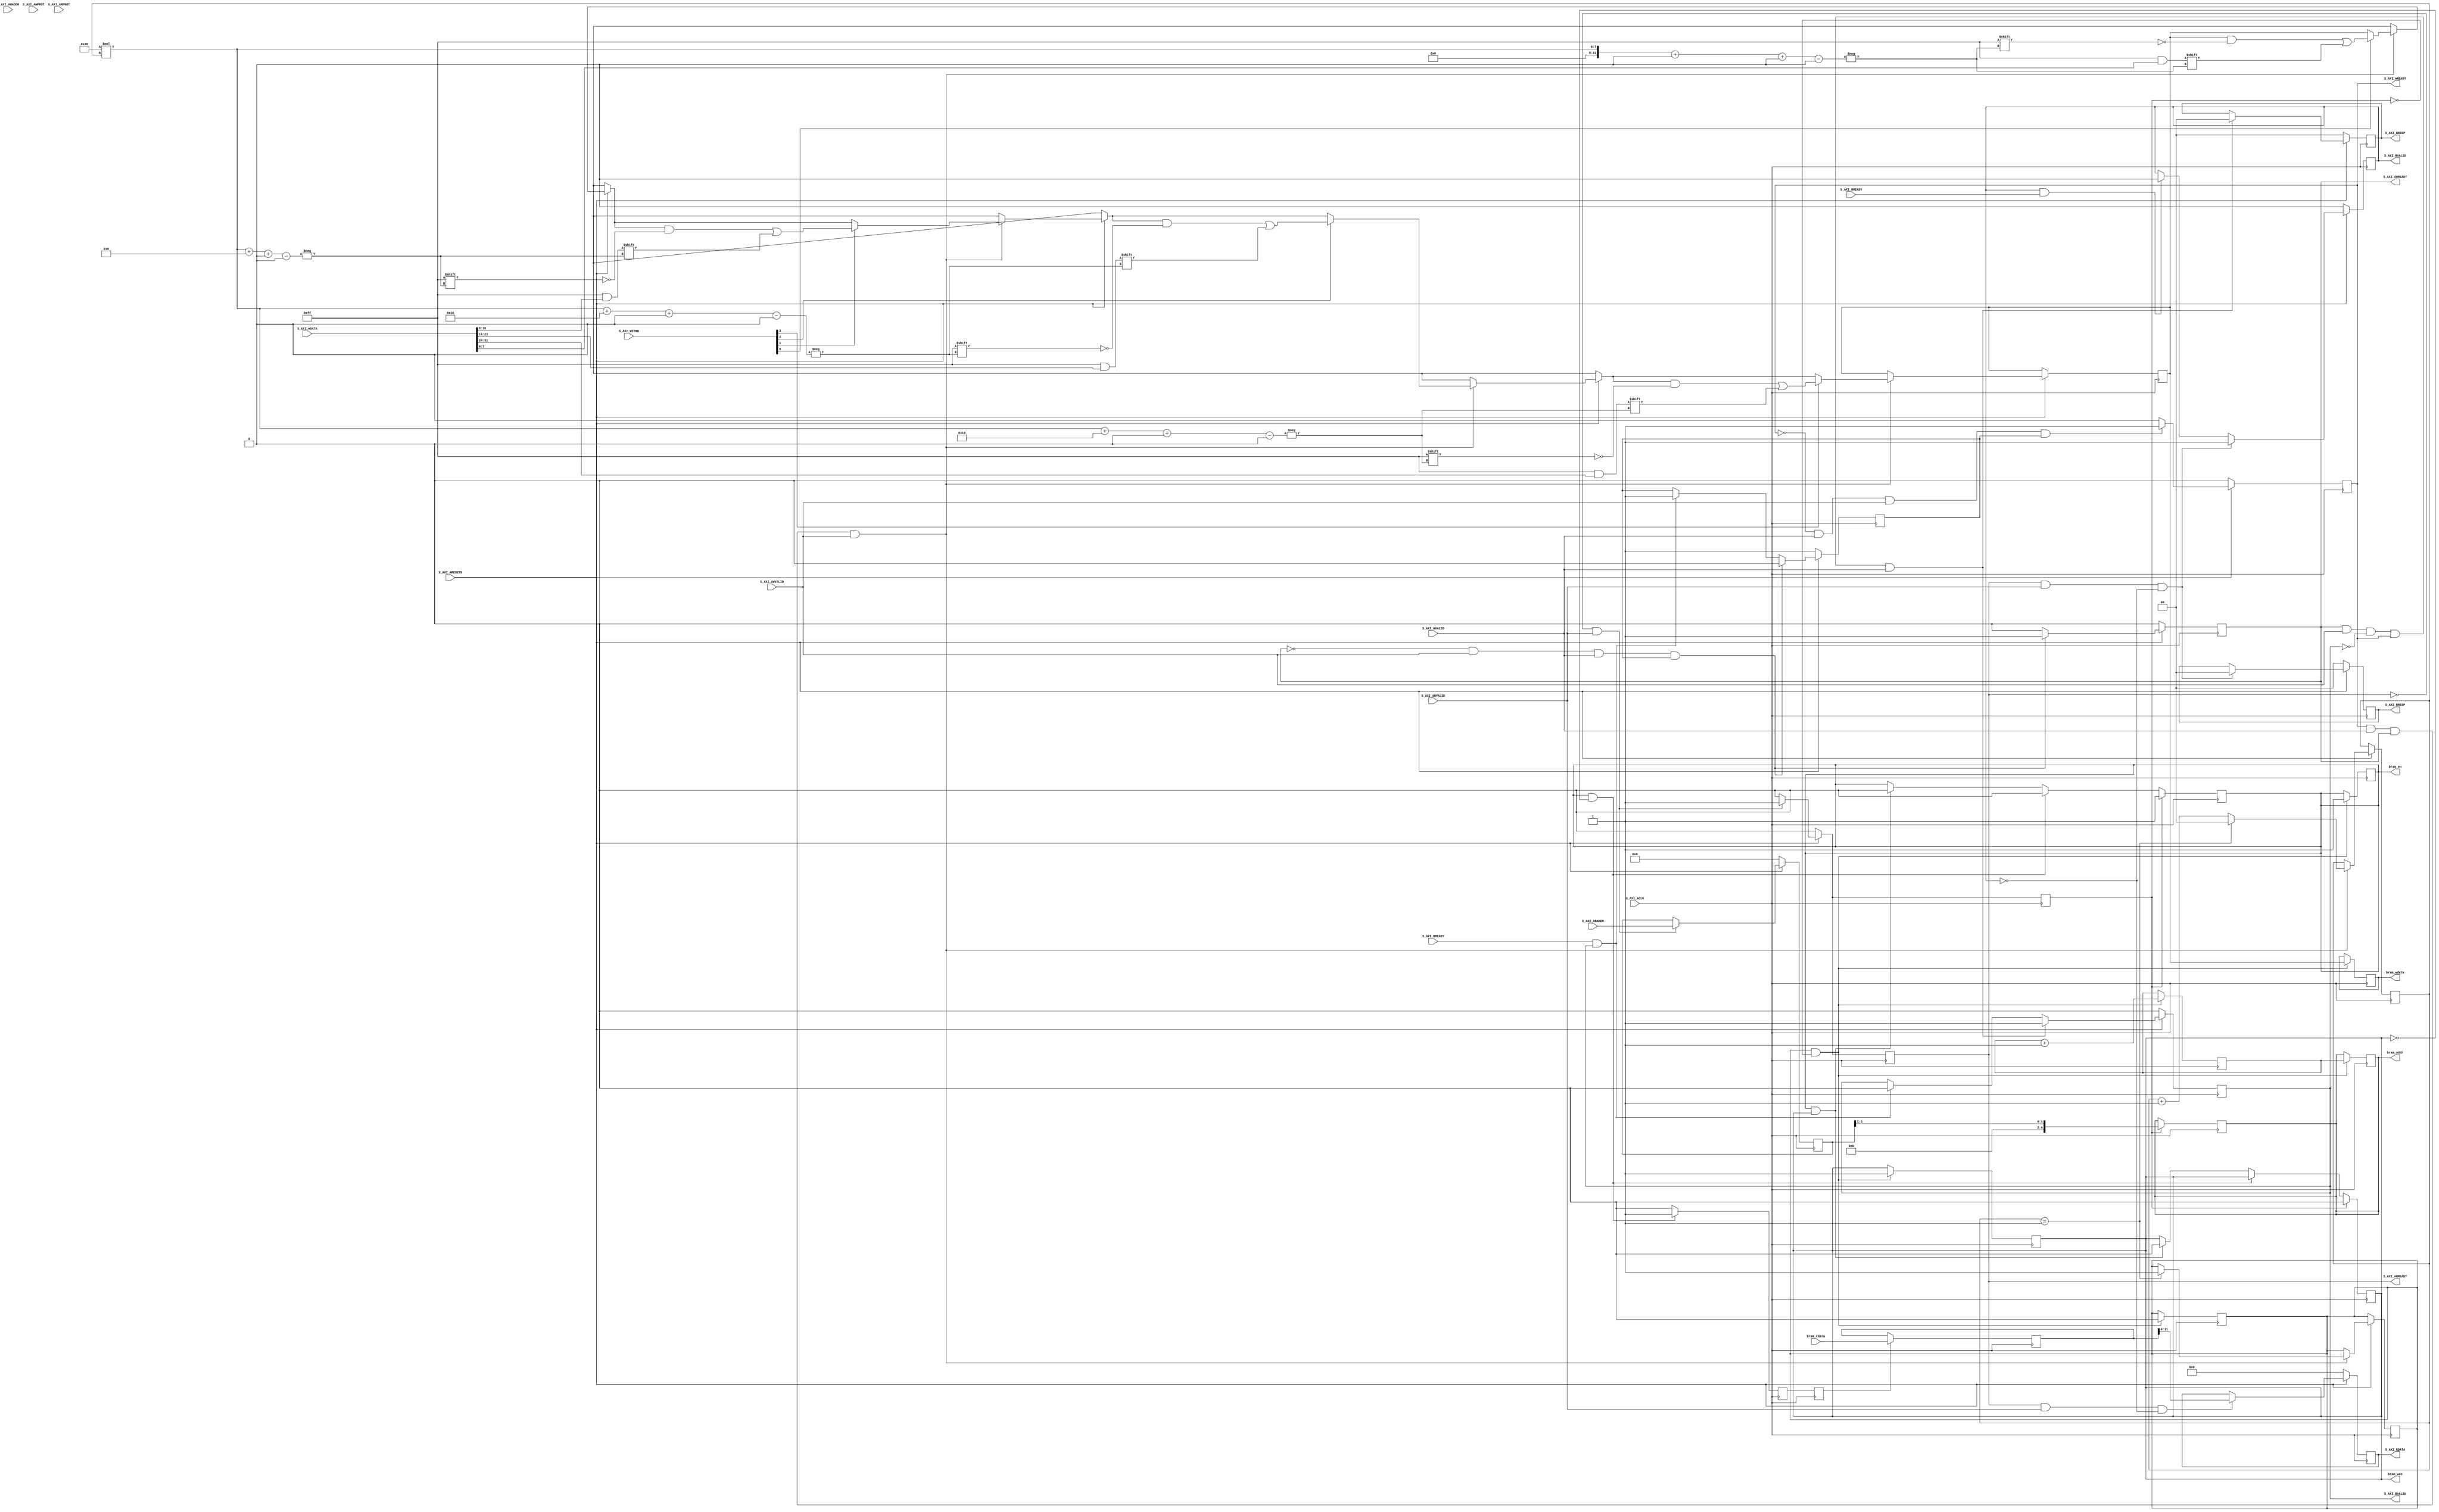

`timescale 1 ns / 1 ps

	module axi_bram_v1_0_S00_AXI #
	(
		// Users to add parameters here

		// User parameters ends
		// Do not modify the parameters beyond this line

		// Width of S_AXI data bus
		parameter integer C_S_AXI_DATA_WIDTH	= 32,
		// Width of S_AXI address bus
		parameter integer C_S_AXI_ADDR_WIDTH	= 4,
		
		///////////////////////my parameters
		parameter integer URAM_LEN = 64, // make sure URAM_LEN % 32 = 0
        parameter integer MAX_HOLDER_COUNTER = 2, // 64/32
        parameter integer HOLDER_COUNTER_BIT = 2
	)
	(
		// Users to add ports here

		// User ports ends
		// Do not modify the ports beyond this line

		// Global Clock Signal
		input wire  S_AXI_ACLK,
		// Global Reset Signal. This Signal is Active LOW
		input wire  S_AXI_ARESETN,
		// Write address (issued by master, acceped by Slave)
		input wire [C_S_AXI_ADDR_WIDTH-1 : 0] S_AXI_AWADDR,
		// Write channel Protection type. This signal indicates the
    		// privilege and security level of the transaction, and whether
    		// the transaction is a data access or an instruction access.
		input wire [2 : 0] S_AXI_AWPROT,
		// Write address valid. This signal indicates that the master signaling
    		// valid write address and control information.
		input wire  S_AXI_AWVALID,
		// Write address ready. This signal indicates that the slave is ready
    		// to accept an address and associated control signals.
		output wire  S_AXI_AWREADY,
		// Write data (issued by master, acceped by Slave) 
		input wire [C_S_AXI_DATA_WIDTH-1 : 0] S_AXI_WDATA,
		// Write strobes. This signal indicates which byte lanes hold
    		// valid data. There is one write strobe bit for each eight
    		// bits of the write data bus.    
		input wire [(C_S_AXI_DATA_WIDTH/8)-1 : 0] S_AXI_WSTRB,
		// Write valid. This signal indicates that valid write
    		// data and strobes are available.
		input wire  S_AXI_WVALID,
		// Write ready. This signal indicates that the slave
    		// can accept the write data.
		output wire  S_AXI_WREADY,
		// Write response. This signal indicates the status
    		// of the write transaction.
		output wire [1 : 0] S_AXI_BRESP,
		// Write response valid. This signal indicates that the channel
    		// is signaling a valid write response.
		output wire  S_AXI_BVALID,
		// Response ready. This signal indicates that the master
    		// can accept a write response.
		input wire  S_AXI_BREADY,
		// Read address (issued by master, acceped by Slave)
		input wire [C_S_AXI_ADDR_WIDTH-1 : 0] S_AXI_ARADDR,
		// Protection type. This signal indicates the privilege
    		// and security level of the transaction, and whether the
    		// transaction is a data access or an instruction access.
		input wire [2 : 0] S_AXI_ARPROT,
		// Read address valid. This signal indicates that the channel
    		// is signaling valid read address and control information.
		input wire  S_AXI_ARVALID,
		// Read address ready. This signal indicates that the slave is
    		// ready to accept an address and associated control signals.
		output wire  S_AXI_ARREADY,
		// Read data (issued by slave)
		output wire [C_S_AXI_DATA_WIDTH-1 : 0] S_AXI_RDATA,
		// Read response. This signal indicates the status of the
    		// read transfer.
		output wire [1 : 0] S_AXI_RRESP,
		// Read valid. This signal indicates that the channel is
    		// signaling the required read data.
		output wire  S_AXI_RVALID,
		// Read ready. This signal indicates that the master can
    		// accept the read data and response information.
		input wire  S_AXI_RREADY,
		
		// below are my additionals
		output wire bram_wen,
		output wire bram_en,
		output wire [6:0] bram_addr,
		output wire [URAM_LEN-1:0] bram_wdata,
		input wire [URAM_LEN-1:0] bram_rdata
	);
	////////////////////////////////////////////////////////////////
	// my definitions:
	reg [URAM_LEN-1:0] holder = 0;
	reg [HOLDER_COUNTER_BIT-1:0] holder_counter=0; // count where to put new data into holder
	reg uram_counter=0; // used when having multiple URAMS
	reg [6:0] addr_counter=0; // counter the output address
		
	reg [URAM_LEN-1:0]last_read_result = 0;
    reg bram_wen_reg=0;
	reg bram_en_reg = 0;
	reg [6:0] bram_addr_reg=0;
	reg [URAM_LEN-1:0] bram_wdata_reg = 0;
	reg outputReady=0;
	reg read_pipeline_reg1 = 0;
	reg read_pipeline_reg2 = 0;
	/////////////////////////////////////////////////////////////////

	// AXI4LITE signals
	reg [C_S_AXI_ADDR_WIDTH-1 : 0] 	axi_awaddr;
	reg  	axi_awready;
	reg  	axi_wready;
	reg [1 : 0] 	axi_bresp;
	reg  	axi_bvalid;
	reg [C_S_AXI_ADDR_WIDTH-1 : 0] 	axi_araddr;
	reg  	axi_arready;
	reg [C_S_AXI_DATA_WIDTH-1 : 0] 	axi_rdata;
	reg [1 : 0] 	axi_rresp;
	reg  	axi_rvalid;

	// Example-specific design signals
	// local parameter for addressing 32 bit / 64 bit C_S_AXI_DATA_WIDTH
	// ADDR_LSB is used for addressing 32/64 bit registers/memories
	// ADDR_LSB = 2 for 32 bits (n downto 2)
	// ADDR_LSB = 3 for 64 bits (n downto 3)
	localparam integer ADDR_LSB = (C_S_AXI_DATA_WIDTH/32) + 1;
	localparam integer OPT_MEM_ADDR_BITS = 1;
	//----------------------------------------------
	//-- Signals for user logic register space example
	//------------------------------------------------
	//-- Number of Slave Registers 4
	reg [C_S_AXI_DATA_WIDTH-1:0]	slv_reg0;
	reg [C_S_AXI_DATA_WIDTH-1:0]	slv_reg1;
	reg [C_S_AXI_DATA_WIDTH-1:0]	slv_reg2;
	reg [C_S_AXI_DATA_WIDTH-1:0]	slv_reg3;
	wire	 slv_reg_rden;
	wire	 slv_reg_wren;
	reg [C_S_AXI_DATA_WIDTH-1:0]	 reg_data_out;
	integer	 byte_index;
	reg	 aw_en;
    reg read_addr_assigned=0;
	// I/O Connections assignments

	assign S_AXI_AWREADY	= axi_awready;
	assign S_AXI_WREADY	= axi_wready;
	assign S_AXI_BRESP	= axi_bresp;
	assign S_AXI_BVALID	= axi_bvalid;
	assign S_AXI_ARREADY	= axi_arready;
	assign S_AXI_RDATA	= axi_rdata;
	assign S_AXI_RRESP	= axi_rresp;
	assign S_AXI_RVALID	= axi_rvalid;
	// Implement axi_awready generation
	// axi_awready is asserted for one S_AXI_ACLK clock cycle when both
	// S_AXI_AWVALID and S_AXI_WVALID are asserted. axi_awready is
	// de-asserted when reset is low.

	always @( posedge S_AXI_ACLK )
	begin
	  if ( S_AXI_ARESETN == 1'b0 )
	    begin
	      axi_awready <= 1'b0;
	      aw_en <= 1'b1;
	    end 
	  else
	    begin    
	      if (~axi_awready && S_AXI_AWVALID && S_AXI_WVALID && aw_en)
	        begin
	          // slave is ready to accept write address when 
	          // there is a valid write address and write data
	          // on the write address and data bus. This design 
	          // expects no outstanding transactions. 
	          axi_awready <= 1'b1;
	          aw_en <= 1'b0;
	        end
	        else if (S_AXI_BREADY && axi_bvalid)
	            begin
	              aw_en <= 1'b1;
	              axi_awready <= 1'b0;
	            end
	      else           
	        begin
	          axi_awready <= 1'b0;
	        end
	    end 
	end       

	// Implement axi_awaddr latching
	// This process is used to latch the address when both 
	// S_AXI_AWVALID and S_AXI_WVALID are valid. 

	always @( posedge S_AXI_ACLK )
	begin
	  if ( S_AXI_ARESETN == 1'b0 )
	    begin
	      axi_awaddr <= 0;
	    end 
	  else
	    begin    
	      if (~axi_awready && S_AXI_AWVALID && S_AXI_WVALID && aw_en)
	        begin
	          // Write Address latching 
	          axi_awaddr <= S_AXI_AWADDR;
	        end
	    end 
	end       

	// Implement axi_wready generation
	// axi_wready is asserted for one S_AXI_ACLK clock cycle when both
	// S_AXI_AWVALID and S_AXI_WVALID are asserted. axi_wready is 
	// de-asserted when reset is low. 

	always @( posedge S_AXI_ACLK )
	begin
	  if ( S_AXI_ARESETN == 1'b0 )
	    begin
	      axi_wready <= 1'b0;
	    end 
	  else
	    begin    
	      if (~axi_wready && S_AXI_WVALID && S_AXI_AWVALID && aw_en )
	        begin
	          // slave is ready to accept write data when 
	          // there is a valid write address and write data
	          // on the write address and data bus. This design 
	          // expects no outstanding transactions. 
	          axi_wready <= 1'b1;
	        end
	      else
	        begin
	          axi_wready <= 1'b0;
	        end
	    end 
	end       

	// Implement memory mapped register select and write logic generation
	// The write data is accepted and written to memory mapped registers when
	// axi_awready, S_AXI_WVALID, axi_wready and S_AXI_WVALID are asserted. Write strobes are used to
	// select byte enables of slave registers while writing.
	// These registers are cleared when reset (active low) is applied.
	// Slave register write enable is asserted when valid address and data are available
	// and the slave is ready to accept the write address and write data.
	assign slv_reg_wren = axi_wready && S_AXI_WVALID && axi_awready && S_AXI_AWVALID;

	always @( posedge S_AXI_ACLK )
	begin
	  if ( S_AXI_ARESETN == 1'b0 )
	    begin
	      slv_reg0 <= 0;
	      slv_reg1 <= 0;
	      slv_reg2 <= 0;
	      slv_reg3 <= 0;
	    end 
	  else begin
	    if (slv_reg_wren)
	      begin
	        if(holder_counter == MAX_HOLDER_COUNTER-1) begin
	               holder_counter <= 0;
	               outputReady <=1'b1;
            end else begin 
                holder_counter <= holder_counter + 1;
            end
            for (byte_index = 0; byte_index <= (C_S_AXI_DATA_WIDTH/8)-1; byte_index = byte_index+1)
               if ( S_AXI_WSTRB[byte_index] == 1 ) begin
                    holder[C_S_AXI_DATA_WIDTH*holder_counter+(byte_index*8) +: 8] <= S_AXI_WDATA[(byte_index*8) +: 8];
               end
//	        case ( axi_awaddr[ADDR_LSB+OPT_MEM_ADDR_BITS:ADDR_LSB] )
	          
//	          2'h0:
//	            for ( byte_index = 0; byte_index <= (C_S_AXI_DATA_WIDTH/8)-1; byte_index = byte_index+1 )
//	              if ( S_AXI_WSTRB[byte_index] == 1 ) begin
//	                // Respective byte enables are asserted as per write strobes 
//	                // Slave register 0
//	                slv_reg0[(byte_index*8) +: 8] <= S_AXI_WDATA[(byte_index*8) +: 8];
//	              end  
	          
//	          default : begin
//	                      slv_reg0 <= slv_reg0;
//	                      slv_reg1 <= slv_reg1;
//	                      slv_reg2 <= slv_reg2;
//	                      slv_reg3 <= slv_reg3;
//	                    end
//	        endcase
	      end
	  end
	end    

	// Implement write response logic generation
	// The write response and response valid signals are asserted by the slave 
	// when axi_wready, S_AXI_WVALID, axi_wready and S_AXI_WVALID are asserted.  
	// This marks the acceptance of address and indicates the status of 
	// write transaction.

	always @( posedge S_AXI_ACLK )
	begin
	  if ( S_AXI_ARESETN == 1'b0 )
	    begin
	      axi_bvalid  <= 0;
	      axi_bresp   <= 2'b0;
	    end 
	  else
	    begin    
	      if (axi_awready && S_AXI_AWVALID && ~axi_bvalid && axi_wready && S_AXI_WVALID)
	        begin
	          // indicates a valid write response is available
	          axi_bvalid <= 1'b1;
	          axi_bresp  <= 2'b0; // 'OKAY' response 
	        end                   // work error responses in future
	      else
	        begin
	          if (S_AXI_BREADY && axi_bvalid) 
	            //check if bready is asserted while bvalid is high) 
	            //(there is a possibility that bready is always asserted high)   
	            begin
	              axi_bvalid <= 1'b0; 
	            end  
	        end
	    end
	end   

	// Implement axi_arready generation
	// axi_arready is asserted for one S_AXI_ACLK clock cycle when
	// S_AXI_ARVALID is asserted. axi_awready is 
	// de-asserted when reset (active low) is asserted. 
	// The read address is also latched when S_AXI_ARVALID is 
	// asserted. axi_araddr is reset to zero on reset assertion.

	always @( posedge S_AXI_ACLK )
	begin
	  if ( S_AXI_ARESETN == 1'b0 )
	    begin
	      axi_arready <= 1'b0;
	      axi_araddr  <= 32'b0;
	      read_addr_assigned <= 1'b0;
	    end 
	  else
	    begin    
	      if (~axi_arready && S_AXI_ARVALID)
	        begin
	          // indicates that the slave has acceped the valid read address
	          axi_arready <= 1'b1;
	          // Read address latching
	          axi_araddr  <= S_AXI_ARADDR;
	          read_addr_assigned <= 1'b1;
	        end
	      else
	        begin
	          axi_arready <= 1'b0;
	          read_addr_assigned <= 1'b0;
	        end
	    end 
	end       

	// Implement axi_arvalid generation
	// axi_rvalid is asserted for one S_AXI_ACLK clock cycle when both 
	// S_AXI_ARVALID and axi_arready are asserted. The slave registers 
	// data are available on the axi_rdata bus at this instance. The 
	// assertion of axi_rvalid marks the validity of read data on the 
	// bus and axi_rresp indicates the status of read transaction.axi_rvalid 
	// is deasserted on reset (active low). axi_rresp and axi_rdata are 
	// cleared to zero on reset (active low).  
	always @( posedge S_AXI_ACLK )
	begin
	  if ( S_AXI_ARESETN == 1'b0 )
	    begin
	      axi_rvalid <= 0;
	      axi_rresp  <= 0;
	    end 
	  else
	    begin    
	      if (axi_arready && S_AXI_ARVALID && ~axi_rvalid)
	        begin
	          // Valid read data is available at the read data bus
	          axi_rvalid <= 1'b1;
	          axi_rresp  <= 2'b0; // 'OKAY' response
	        end   
	      else if (axi_rvalid && S_AXI_RREADY)
	        begin
	          // Read data is accepted by the master
	          axi_rvalid <= 1'b0;
	        end                
	    end
	end    

	// Implement memory mapped register select and read logic generation
	// Slave register read enable is asserted when valid address is available
	// and the slave is ready to accept the read address.
	assign slv_reg_rden = axi_arready & S_AXI_ARVALID & ~axi_rvalid;
	always @(*) begin
	   reg_data_out <= last_read_result;
	end
	
	always @(posedge S_AXI_ACLK)
	begin
	      // Address decoding for reading registers
	    if(read_addr_assigned == 1'b1) begin
              bram_addr_reg <= axi_araddr[ADDR_LSB+OPT_MEM_ADDR_BITS:ADDR_LSB];
              bram_en_reg<=1'b1;
              bram_wen_reg<=1'b0;
        end 
        //////////////////////////////////////!!!!!!!!!!!!!!!!!!!!!!!!!!!!!!!!!!!!!!!!!!
        // we need to change the following code in order to do continous read
        else if(bram_en_reg == 1'b1 && bram_wen_reg == 1'b0)
            bram_en_reg <= 0;
        else if(bram_en_reg == 1'b1 && bram_wen_reg == 1'b1) begin
            bram_en_reg <= 0;
            bram_wen_reg <=0;
        end
        
        if(bram_en_reg == 1'b1 && bram_wen_reg == 1'b0) read_pipeline_reg1 <= 1'b1;
        else read_pipeline_reg1 <= 1'b0;
        
        read_pipeline_reg2 <= read_pipeline_reg1;
        
        if (read_pipeline_reg2 == 1'b1) begin
            last_read_result <= bram_rdata;
        end
//	      case ( axi_araddr[ADDR_LSB+OPT_MEM_ADDR_BITS:ADDR_LSB] )
//	        2'h0   : reg_data_out <= slv_reg0;
//	        2'h1   : reg_data_out <= slv_reg1;
//	        2'h2   : reg_data_out <= slv_reg2;
//	        2'h3   : reg_data_out <= slv_reg3;
//	        default : reg_data_out <= 0;
//	      endcase
	end

	// Output register or memory read data
	always @( posedge S_AXI_ACLK )
	begin
	  if ( S_AXI_ARESETN == 1'b0 )
	    begin
	      axi_rdata  <= 0;
	    end 
	  else
	    begin    
	      // When there is a valid read address (S_AXI_ARVALID) with 
	      // acceptance of read address by the slave (axi_arready), 
	      // output the read dada 
	      if (slv_reg_rden)
	        begin
	          axi_rdata <= reg_data_out;     // register read data
	        end   
	    end
	end    

	// Add user logic here
	always @(posedge S_AXI_ACLK) begin
	   if (outputReady ==1'b1 && read_addr_assigned == 0) begin
	       bram_wen_reg<=1'b1;
	       bram_en_reg<=1'b1;
	       bram_addr_reg<=addr_counter;
	       bram_wdata_reg <= holder;
           addr_counter<= addr_counter+1;
           outputReady <=0;
	   end
	end
    
    assign bram_wen = bram_wen_reg;
    assign bram_addr = bram_addr_reg;
    assign bram_en = bram_en_reg;
    assign bram_wdata = bram_wdata_reg;
	// User logic ends

	endmodule